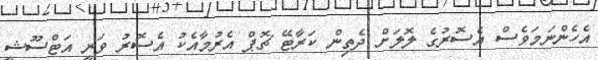
އެހެންނަމަވެސް އެސޮރުގެ ލޮލަށް ދެތިން ކަރާޓޭ ޗޮޕް އެރުމާއެކު އެސޮރު ވަނީ އަޓްސޫޝީ